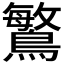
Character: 𪄴